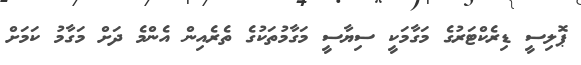
ޕޮލިސީ ޑިރެކްޓަރުގެ މަގާމަކީ ސިޔާސީ މަގާމުތަކުގެ ތެރެއިން އެންމެ ދަށް މަގާމު ކަމަށް